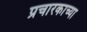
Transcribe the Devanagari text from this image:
प्रचारकाच्या